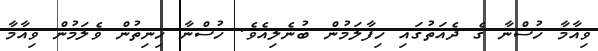
ވިއާމާ ހުސްނާ ގެ ދެއަތުގައި ހިފާލަމުން ބުނެލިއެވެ. ހުސްނާ ހިނިތުން ވެލަމުން ވިއާމާ